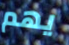
يهم